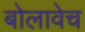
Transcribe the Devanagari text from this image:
बोलावेच